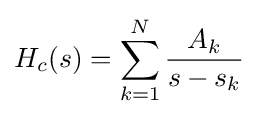
H_{c}(s)=\sum _{k=1}^{N}{\frac {A_{k}}{s-s_{k}}}